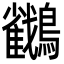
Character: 𪇲